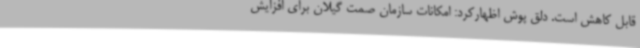
قابل کاهش است. دلق پوش اظهارکرد: امکانات سازمان صمت گیلان برای افزایش